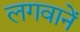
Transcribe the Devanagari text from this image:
लगवानें